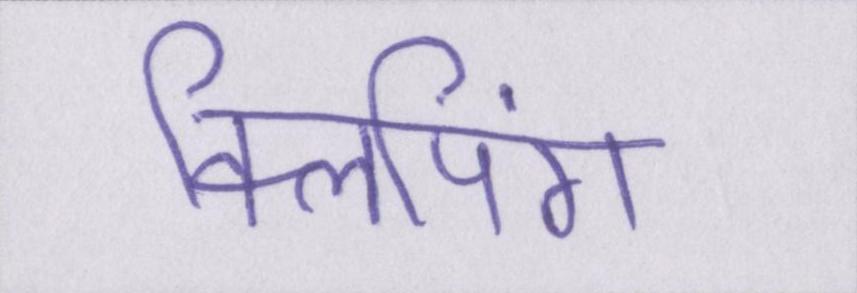
क्लिपिंग